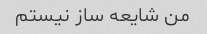
من شایعه ساز نیستم